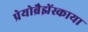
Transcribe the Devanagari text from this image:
प्रेयोब्रैझेंस्काया